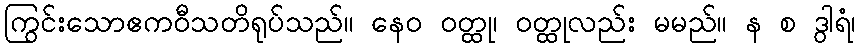
ကြွင်းသောဧကဝီသတိရုပ်သည်။ နေဝ ဝတ္ထု၊ ဝတ္ထုလည်း မမည်။ န စ ဒွါရံ၊